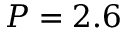
P = 2 . 6